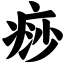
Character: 痧